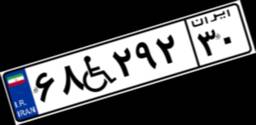
۶۸W۲۹۲۳۰